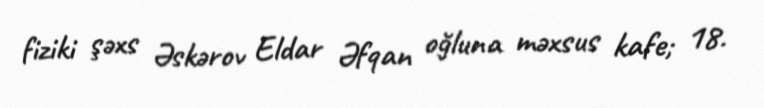
fiziki şəxs Əskərov Eldar Əfqan oğluna məxsus kafe; 18.